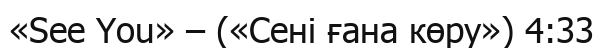
«See You» – («Сені ғана көру») 4:33